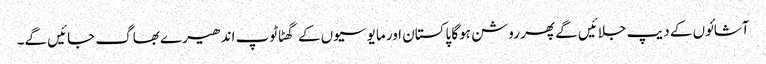
آشائوں کے دیپ جلائیں گے پھر روشن ہوگا پاکستان اور مایوسیوں کے گھٹاٹوپ اندھیرے بھاگ جائیں گے۔